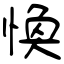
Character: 愌